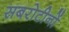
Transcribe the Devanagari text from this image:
सबरोटीनों